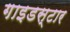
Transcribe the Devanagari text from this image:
गाइडस्टार